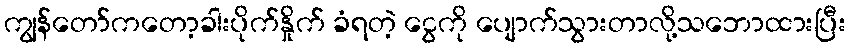
ကျွန်တော်ကတော့ခါးပိုက်နှိုက် ခံရတဲ့ ငွေကို ပျောက်သွားတာလို့သဘောထားပြီး